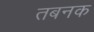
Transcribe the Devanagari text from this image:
तबनक